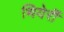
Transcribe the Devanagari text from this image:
थियेर्री